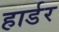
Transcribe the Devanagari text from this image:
हार्डर